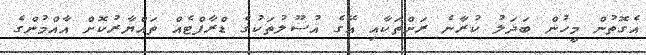
އެގޮތުން މީހުން ބަދަލު ކުރާނެ ރަށްތަކާއި އޭގެ އުސޫލުތަކުގެ ޑްރާފްޓެއް ތައްޔާރުކޮށް އާއްމުންގެ